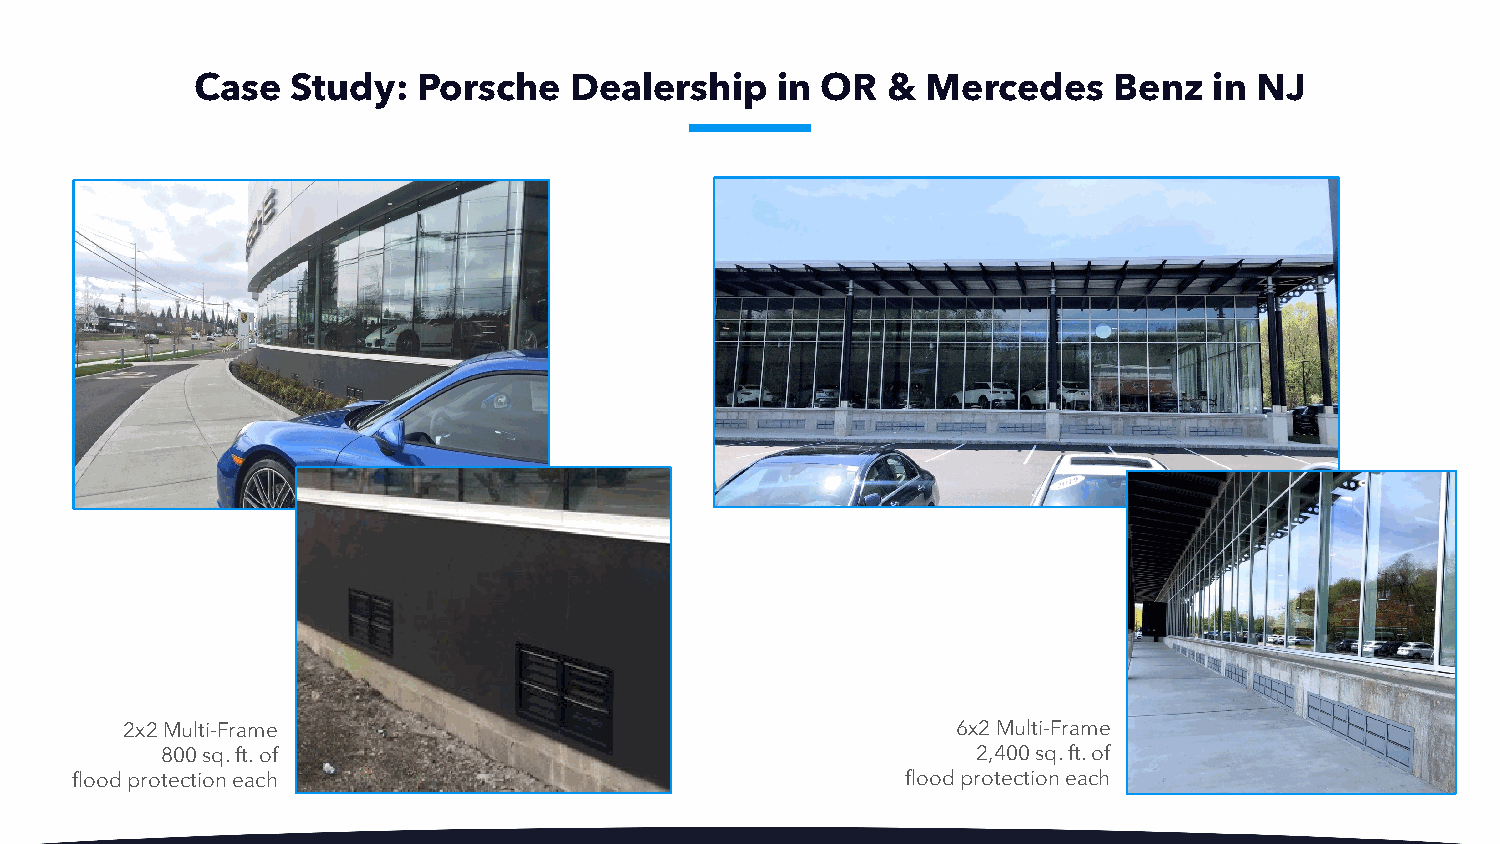
Case  Study:   Porsche   Dealership   in OR   & Mercedes     Benz  in NJ
 2x2 Multi-Frame                                        6x2 Multi-Frame
 800 sq. ft. of                                        2,400 sq. ft. of
 flood protection each                                  flood protection each